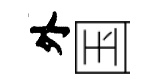
外国